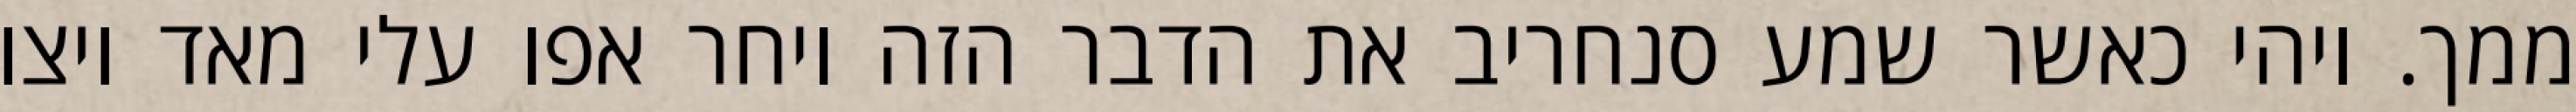
ממך. ויהי כאשר שמע סנחריב את הדבר הזה ויחר אפו עלי מאד ויצו